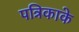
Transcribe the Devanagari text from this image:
पत्रिकाके